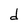
Character: d